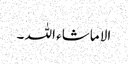
الا ماشاء اللہ ۔